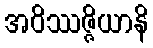
အဝိဿဇ္ဇိယာနိ